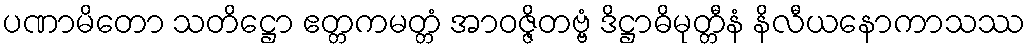
ပဏာမိတော သတိဋ္ဌော ဧတ္တကမတ္တံ အာဝဇ္ဇိတဗ္ဗံ ဒိဋ္ဌာဓိမုတ္တီနံ နိလီယနောကာသဿ